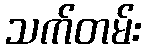
သက်တမ်း